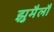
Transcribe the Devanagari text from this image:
झुमैलौ